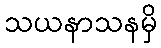
သယနာသနမှိ